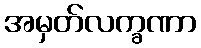
အမှတ်လက္ခဏာ